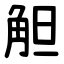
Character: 觛